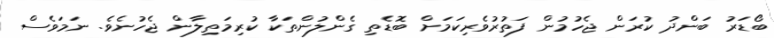
ބޯޑަރު ބަންދު ކުރަން ޖެހުމުން ފަތުރުވެރިކަމަށް ބޮޑެތި ގެންލުންތަކާ ކުރިމަތިލާން ޖެހުނެވެ. ނަމަވެސް